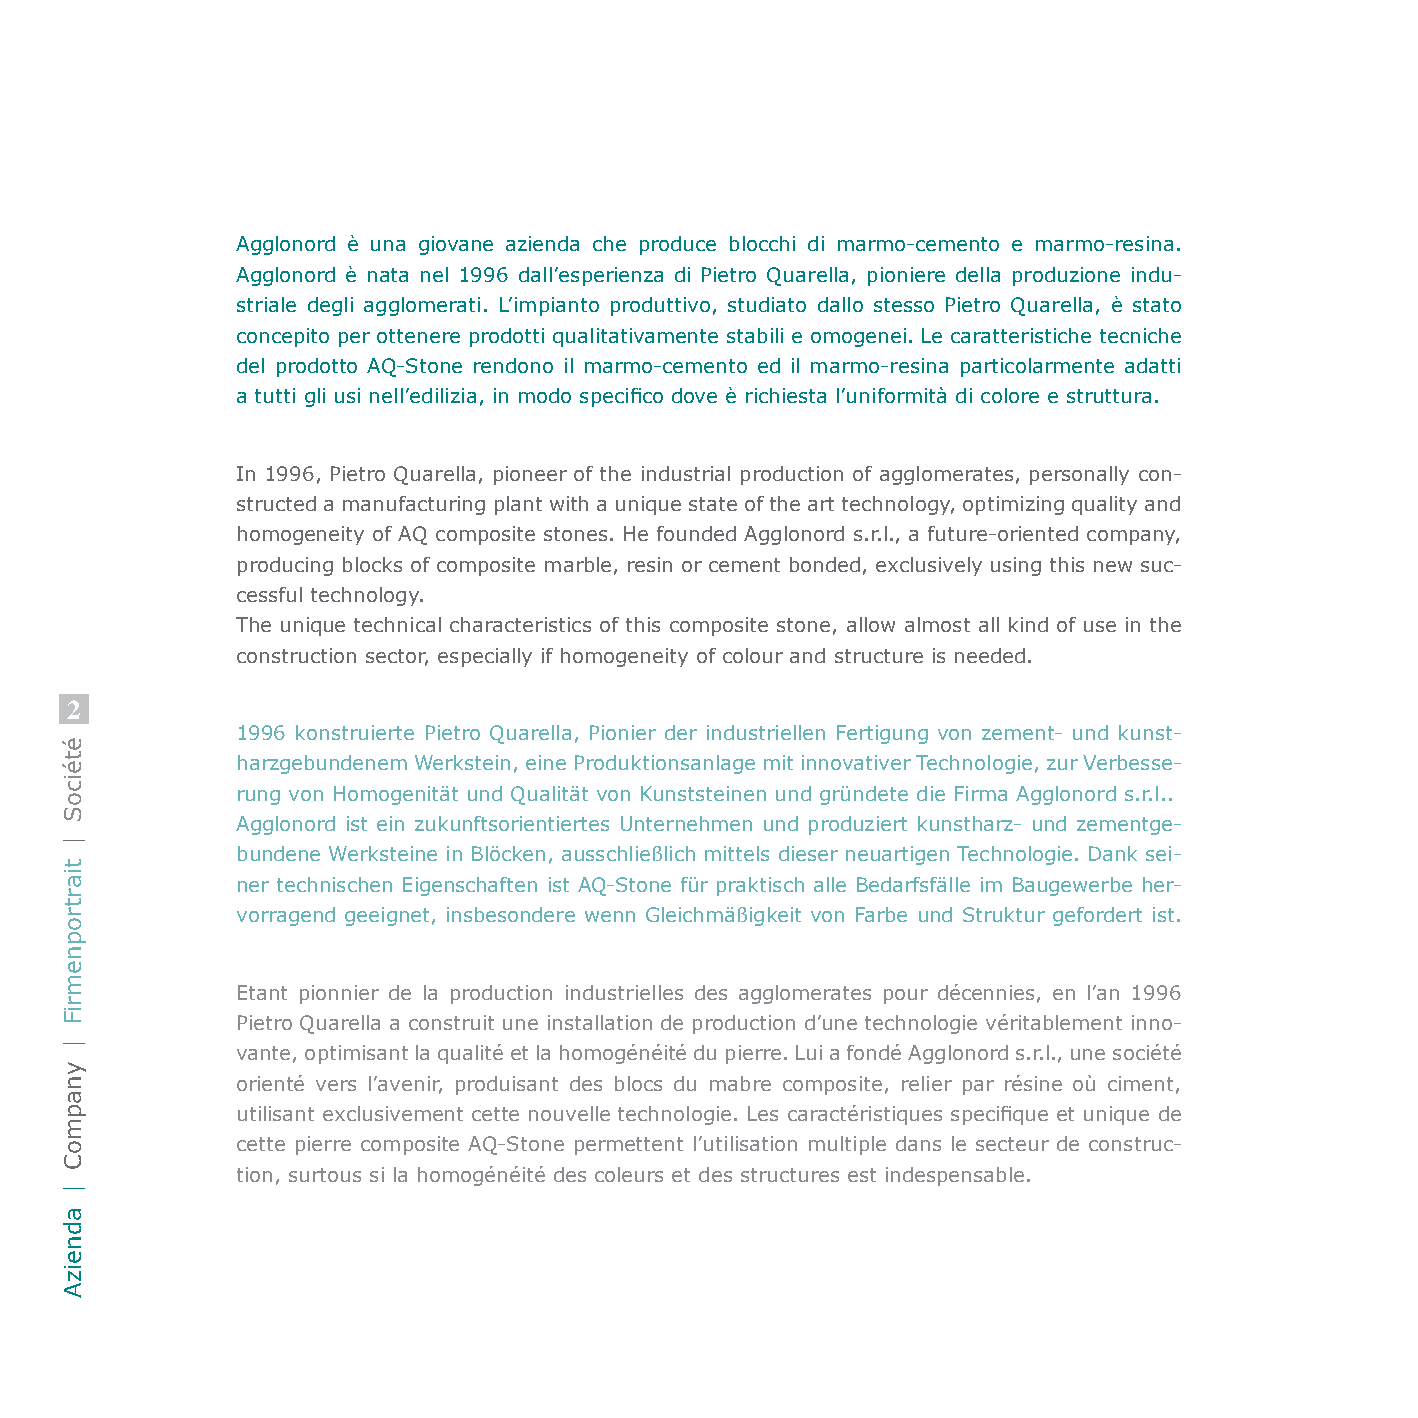
Agglonord è una giovane azienda che produce blocchi di marmo-cemento e marmo-resina.
 Agglonord è nata nel 1996 dall’esperienza di Pietro Quarella, pioniere della produzione indu-
 striale degli agglomerati. L’impianto produttivo, studiato dallo stesso Pietro Quarella, è stato
 concepito per ottenere prodotti qualitativamente stabili e omogenei. Le caratteristiche tecniche
 del prodotto AQ-Stone rendono il marmo-cemento ed il marmo-resina particolarmente adatti
 a tutti gli usi nell’edilizia, in modo specifico dove è richiesta l’uniformità di colore e struttura.
 In 1996, Pietro Quarella, pioneer of the industrial production of agglomerates, personally con-
 structed a manufacturing plant with a unique state of the art technology, optimizing quality and
 homogeneity of AQ composite stones. He founded Agglonord s.r.l., a future-oriented company,
 producing blocks of composite marble, resin or cement bonded, exclusively using this new suc-
 cessful technology.
 The unique technical characteristics of this composite stone, allow almost all kind of use in the
 construction sector, especially if homogeneity of colour and structure is needed.
 2
 1996 konstruierte Pietro Quarella, Pionier der industriellen Fertigung von zement- und kunst-
 harzgebundenem Werkstein, eine Produktionsanlage mit innovativer Technologie, zur Verbesse-
 rung von Homogenität und Qualität von Kunststeinen und gründete die Firma Agglonord s.r.l..
 Agglonord ist ein zukunftsorientiertes Unternehmen und produziert kunstharz- und zementge-
 bundene Werksteine in Blöcken, ausschließlich mittels dieser neuartigen Technologie. Dank sei-
 ner technischen Eigenschaften ist AQ-Stone für praktisch alle Bedarfsfälle im Baugewerbe her-
 vorragend geeignet, insbesondere wenn Gleichmäßigkeit von Farbe und Struktur gefordert ist.
 Etant pionnier de la production industrielles des agglomerates pour décennies, en l’an 1996
 Pietro Quarella a construit une installation de production d’une technologie véritablement inno-
 vante, optimisant la qualité et la homogénéité du pierre. Lui a fondé Agglonord s.r.l., une société
 orienté vers l’avenir, produisant des blocs du mabre composite, relier par résine où ciment,
 utilisant exclusivement cette nouvelle technologie. Les caractéristiques specifique et unique de
 cette pierre composite AQ-Stone permettent l’utilisation multiple dans le secteur de construc-
 tion, surtous si la homogénéité des coleurs et des structures est indespensable.
 étéicoS
 |
 tiartropnemriF
 |
 ynapmoC
 |
 adneizA